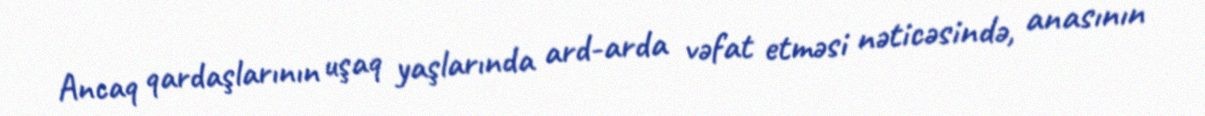
Ancaq qardaşlarının uşaq yaşlarında ard-arda vəfat etməsi nəticəsində, anasının